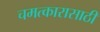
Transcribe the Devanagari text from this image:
चमत्कारासाठी